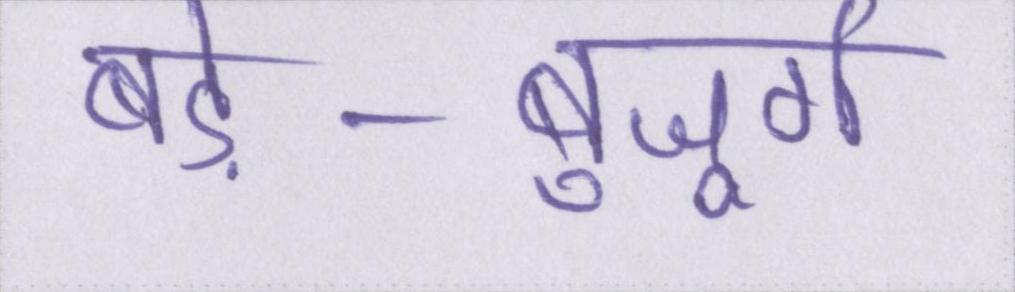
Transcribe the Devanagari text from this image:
बड़े-बुजूर्ग